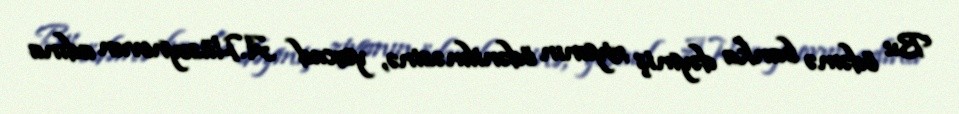
Bu ödəmə banka dəymiş ziyanın ödənilməsinə, yaxud A.Hüseynovun adına